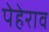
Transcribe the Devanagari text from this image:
पेहेराव